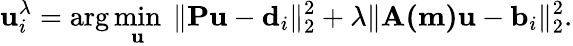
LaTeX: \mathbf{u}_{i}^{\lambda}=\arg\operatorname*{min}_{\mathbf{u}}~\| \mathbf{Pu}-\mathbf{d}_{i}\| _{2}^{2}+\lambda\| \mathbf{A(m)}\mathbf{u}-\mathbf{b}_{i}\| _{2}^{2}.